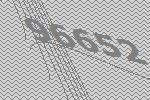
96652